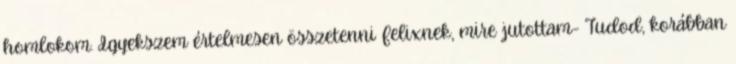
homlokom. Igyekszem értelmesen összetenni Felixnek, mire jutottam- Tudod, korábban